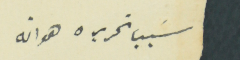
سَبب تحريره هو انه